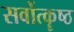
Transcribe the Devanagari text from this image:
सर्वोत्कॄष्ठ